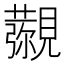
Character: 𧢖